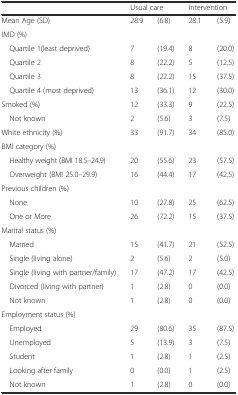
|  | <COLSPAN=2> Usual care | <COLSPAN=2> Intervention |
 | --- | --- | --- | --- | --- |
 | Mean Age (SD) | 28.9 | (6.8) | 28.1 | (5.9) |
 | IMD (%) |  |  |  |  |
 | Quartile 1(least deprived) | 7 | (19.4) | 8 | (20.0) |
 | Quartile 2 | 8 | (22.2) | 5 | (12.5) |
 | Quartile 3 | 8 | (22.2) | 15 | (37.5) |
 | Quartile 4 (most deprived) | 13 | (36.1) | 12 | (30.0) |
 | Smoked (%) | 12 | (33.3) | 9 | (22.5) |
 | Not known | 2 | (5.6) | 3 | (7.5) |
 | White ethnicity (%) | 33 | (91.7) | 34 | (85.0) |
 | BMI category (%) |  |  |  |  |
 | Healthy weight (BMI 18.5–24.9) | 20 | (55.6) | 23 | (57.5) |
 | Overweight (BMI 25.0–29.9) | 16 | (44.4) | 17 | (42.5) |
 | Previous children (%) |  |  |  |  |
 | None | 10 | (27.8) | 25 | (62.5) |
 | One or More | 26 | (72.2) | 15 | (37.5) |
 | Marital status (%) |  |  |  |  |
 | Married | 15 | (41.7) | 21 | (52.5) |
 | Single (living alone) | 2 | (5.6) | 2 | (5.0) |
 | Single (living with partner/family) | 17 | (47.2) | 17 | (42.5) |
 | Divorced (living with partner) | 1 | (2.8) | 0 | (0.0) |
 | Not known | 1 | (2.8) | 0 | (0.0) |
 | Employment status (%) |  |  |  |  |
 | Employed | 29 | (80.6) | 35 | (87.5) |
 | Unemployed | 5 | (13.9) | 3 | (7.5) |
 | Student | 1 | (2.8) | 1 | (2.5) |
 | Looking after family | 0 | (0.0) | 1 | (2.5) |
 | Not known | 1 | (2.8) | 0 | (0.0) |